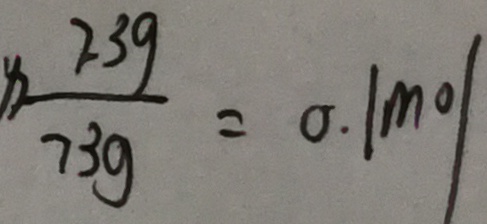
8 \frac { 2 3 g } { 7 3 g } = 0 . 1 m o l